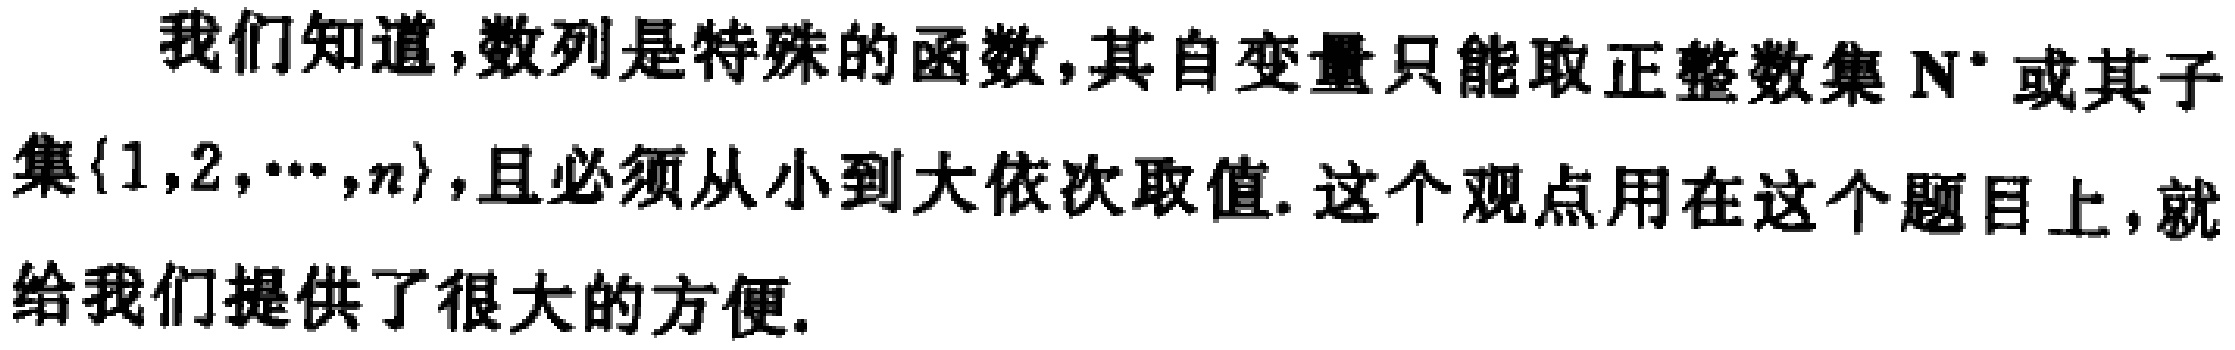
我们知道,数列是特殊的函数,其自变量只能取正整数集\(\mathbb{N}^{*}\)或其子集\(\{1,2,\cdots,n\}\),且必须从小到大依次取值. 这个观点用在这个题目上,就给我们提供了很大的方便.